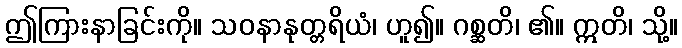
ဤကြားနာခြင်းကို။ သဝနာနုတ္တရိယံ၊ ဟူ၍။ ဂစ္ဆတိ၊ ၏။ ဣတိ၊ သို့။